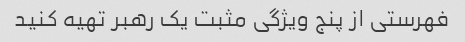
فهرستی از پنج ویژگی مثبت یک رهبر تهیه کنید